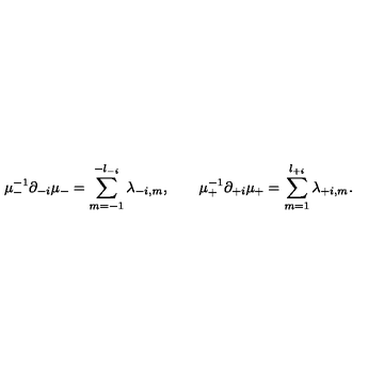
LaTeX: \mu _ { - } ^ { - 1 } \partial _ { - i } \mu _ { - } = \sum _ { m = - 1 } ^ { - l _ { - i } } \lambda _ { - i , m } , \qquad \mu _ { + } ^ { - 1 } \partial _ { + i } \mu _ { + } = \sum _ { m = 1 } ^ { l _ { + i } } \lambda _ { + i , m } .